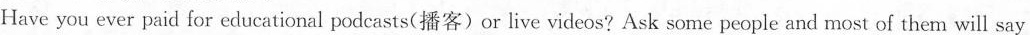
Have you ever paid for educational podcasts(播客)or live videos? Ask some people and most of them will say